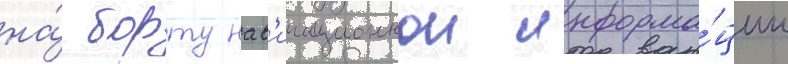
на́ борту нав'игационнои информа́ции